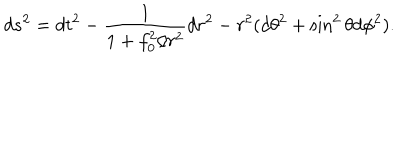
d s ^ { 2 } = d t ^ { 2 } - \frac { 1 } { 1 + f _ { 0 } ^ { 2 } / r ^ { 2 } } d r ^ { 2 } - r ^ { 2 } ( d \theta ^ { 2 } + \sin ^ { 2 } \theta d \phi ^ { 2 } ) .